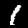
Digit: 1